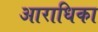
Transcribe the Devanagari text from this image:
आराधिका